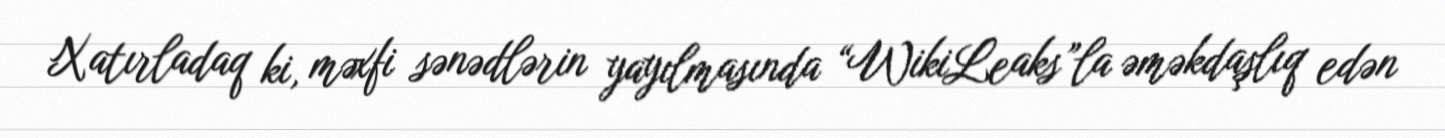
Xatırladaq ki, məxfi sənədlərin yayılmasında “WikiLeaks”la əməkdaşlıq edən